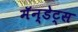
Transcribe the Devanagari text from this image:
मॅन्डेट्स